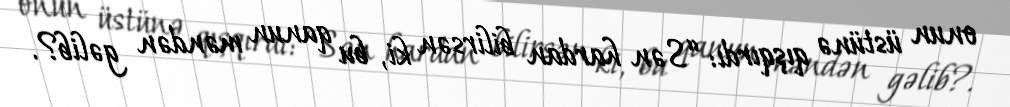
onun üstünə qışqırdı: “Sən hardan bilirsən ki, bu qanun məndən gəlib?.